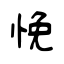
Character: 悗